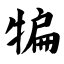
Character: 犏